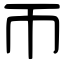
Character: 帀